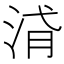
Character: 浳